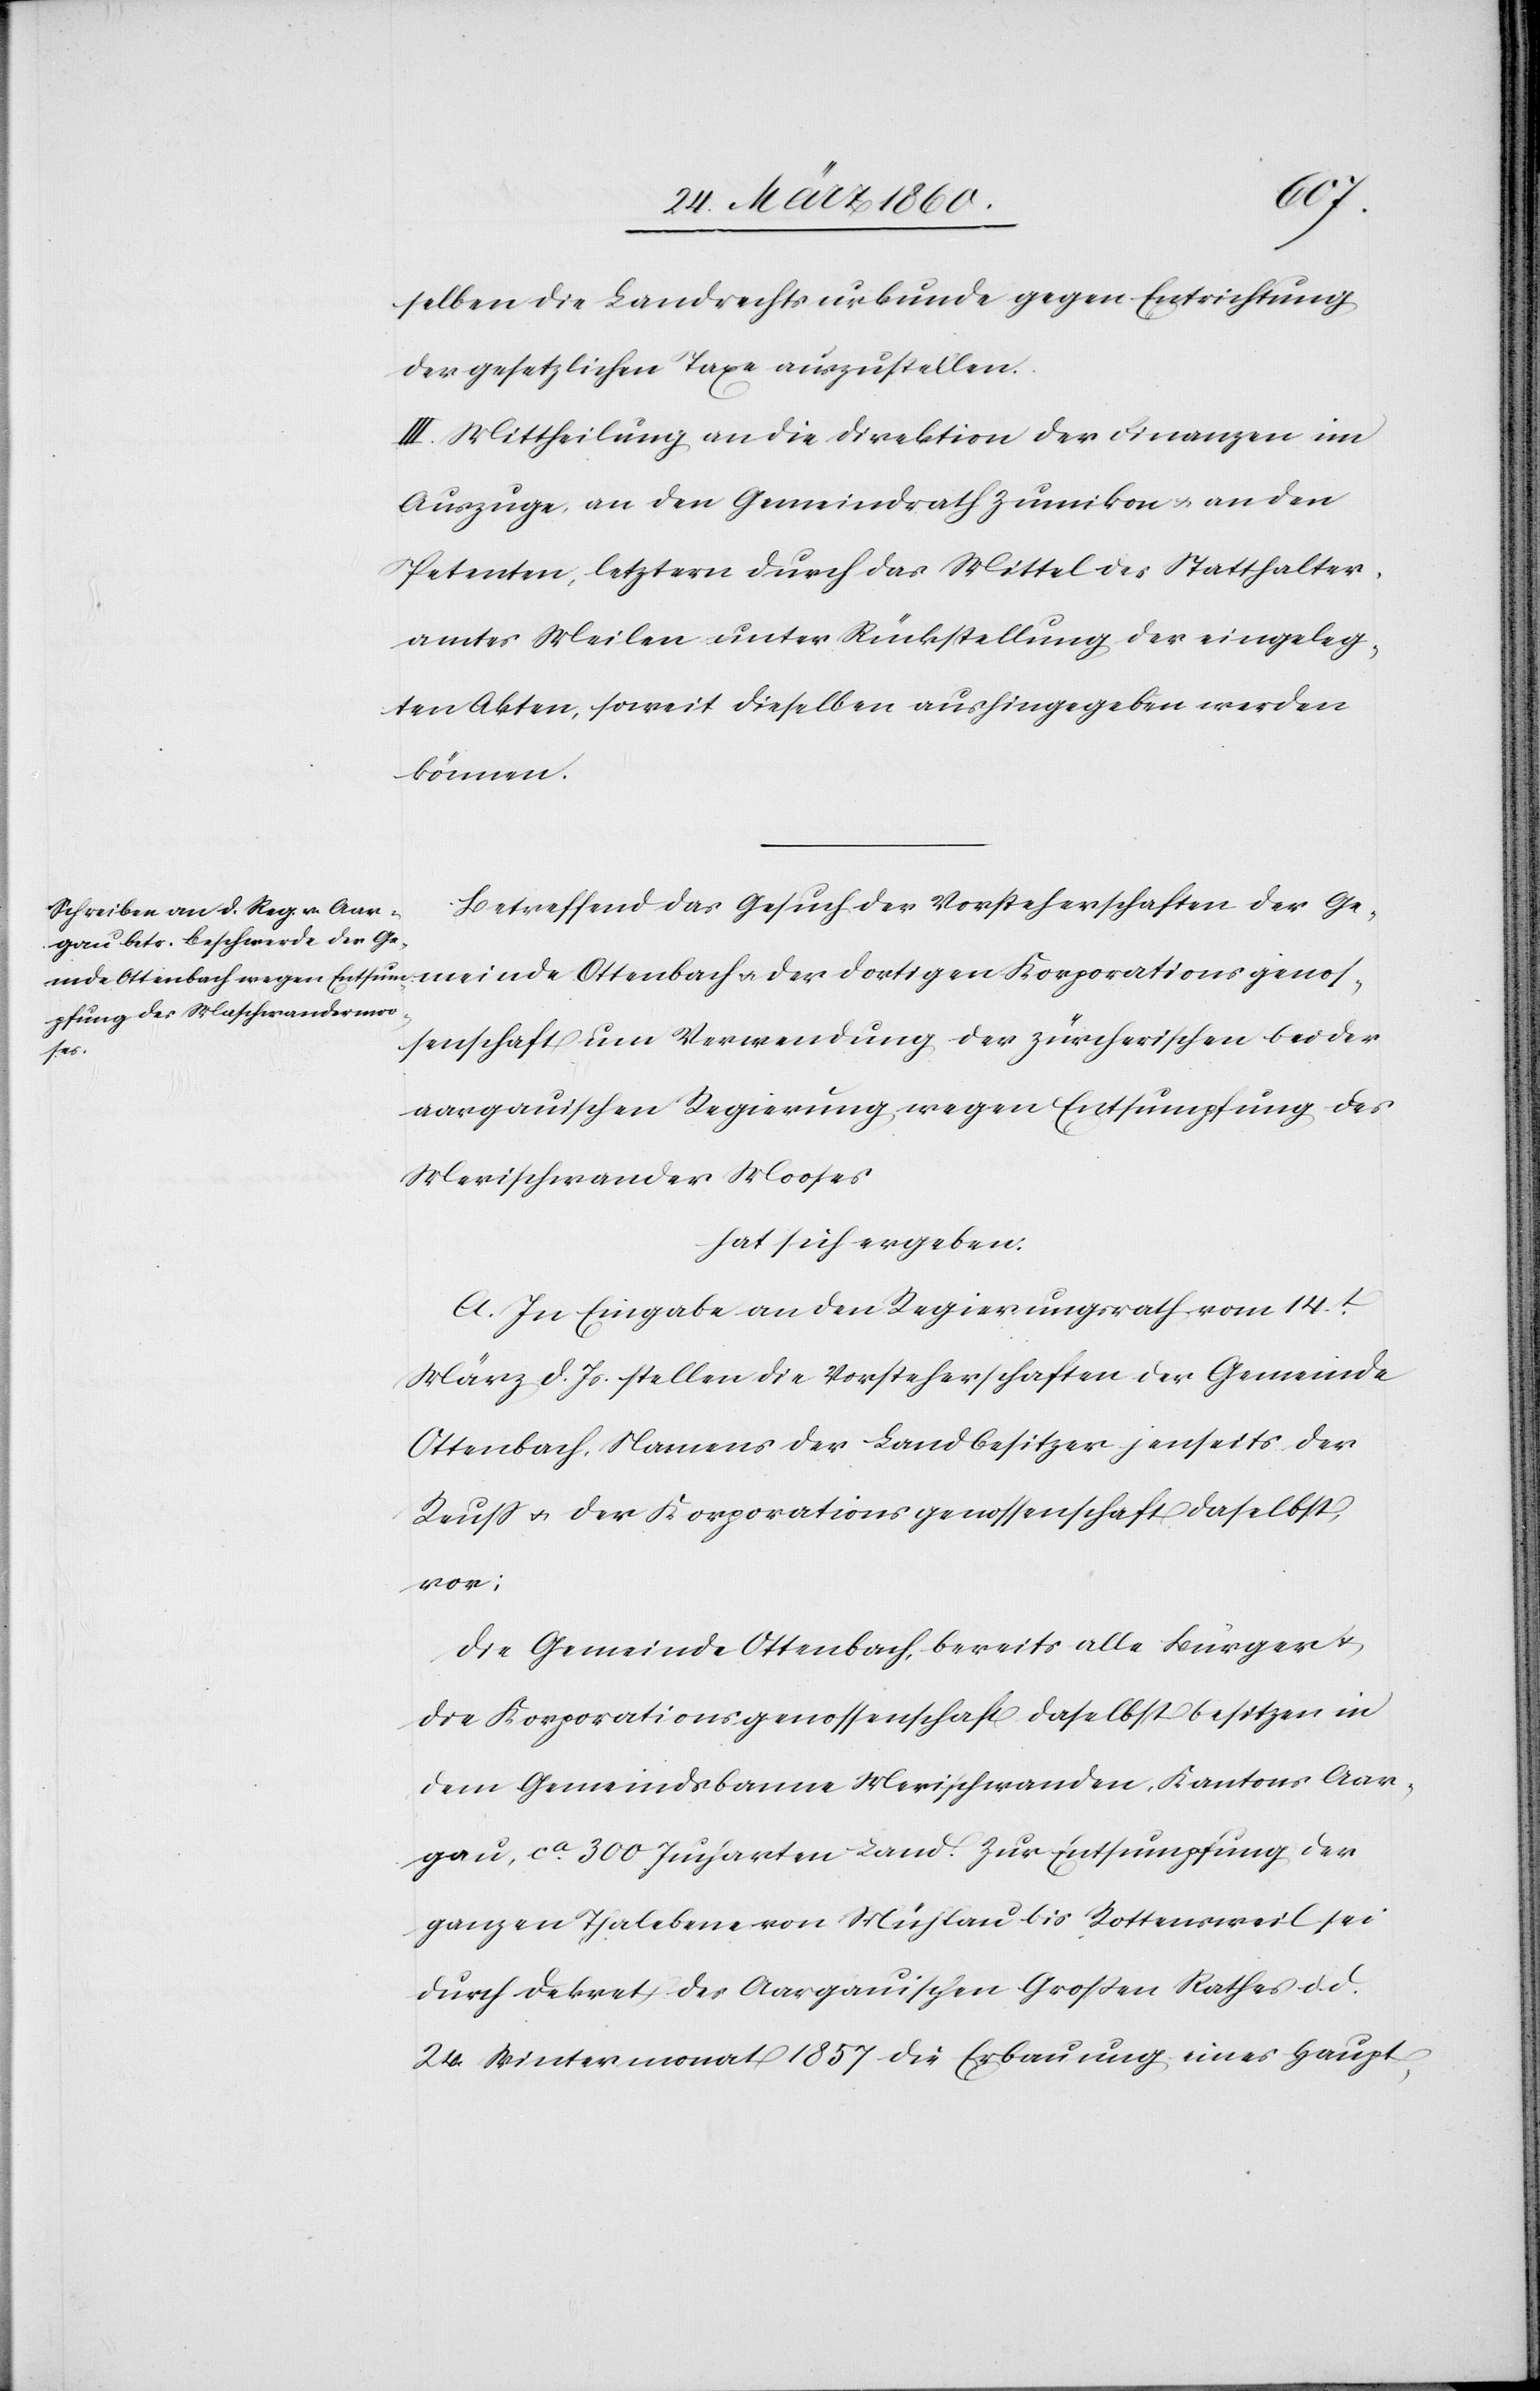
tions¬
selben die Landrechtsurkunde gegen Entrichtung
der gesetzlichen Taxe auszustellen.
III. Mittheilung an die Direktion der Finanzen im
Auszuge an den Gemeindrath Zumikon u. an den
Petenten, letztern durch das Mittel des Statthalter¬
amtes Meilen unter Rückstellung der eingeleg¬
ten Akten, soweit dieselben aushingegeben werden
können.
Betreffend das Gesuch der Vorsteherschaften der Ge¬
ssenschaft um Verwendung der zürcherischen bei der
geno¬
aargauischen Regierung wegen Entsumpfung des
Merischwander Mooses
hat sich ergeben:
A. In Eingabe an den Regierungsrath vom 14t
März d. Js. stellen die Vorsteherschaften der Gemeinde
Ottenbach, Namens der Landbesitzer jenseits der
Reuss u. der Korporationsgenossenschaft daselbst,
vor:
Die Gemeinde Ottenbach, bereits alle Bürger u.
die Korporationsgenossenschaft daselbst besitzen in
dem Gemeindsbanne Merischwanden, Kantons Aar¬
gau u. ca 300 Jucharten Land. Zur Entsumpfung der
ganzen Thalebene von Mühlau bis Rottensweil sei
durch Dekret des Aargauschen Grossen Rathes d. d.
24. Wintermonat 1857 die Erbauung eines Haupt-